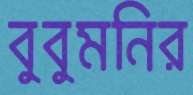
বুবুমনির